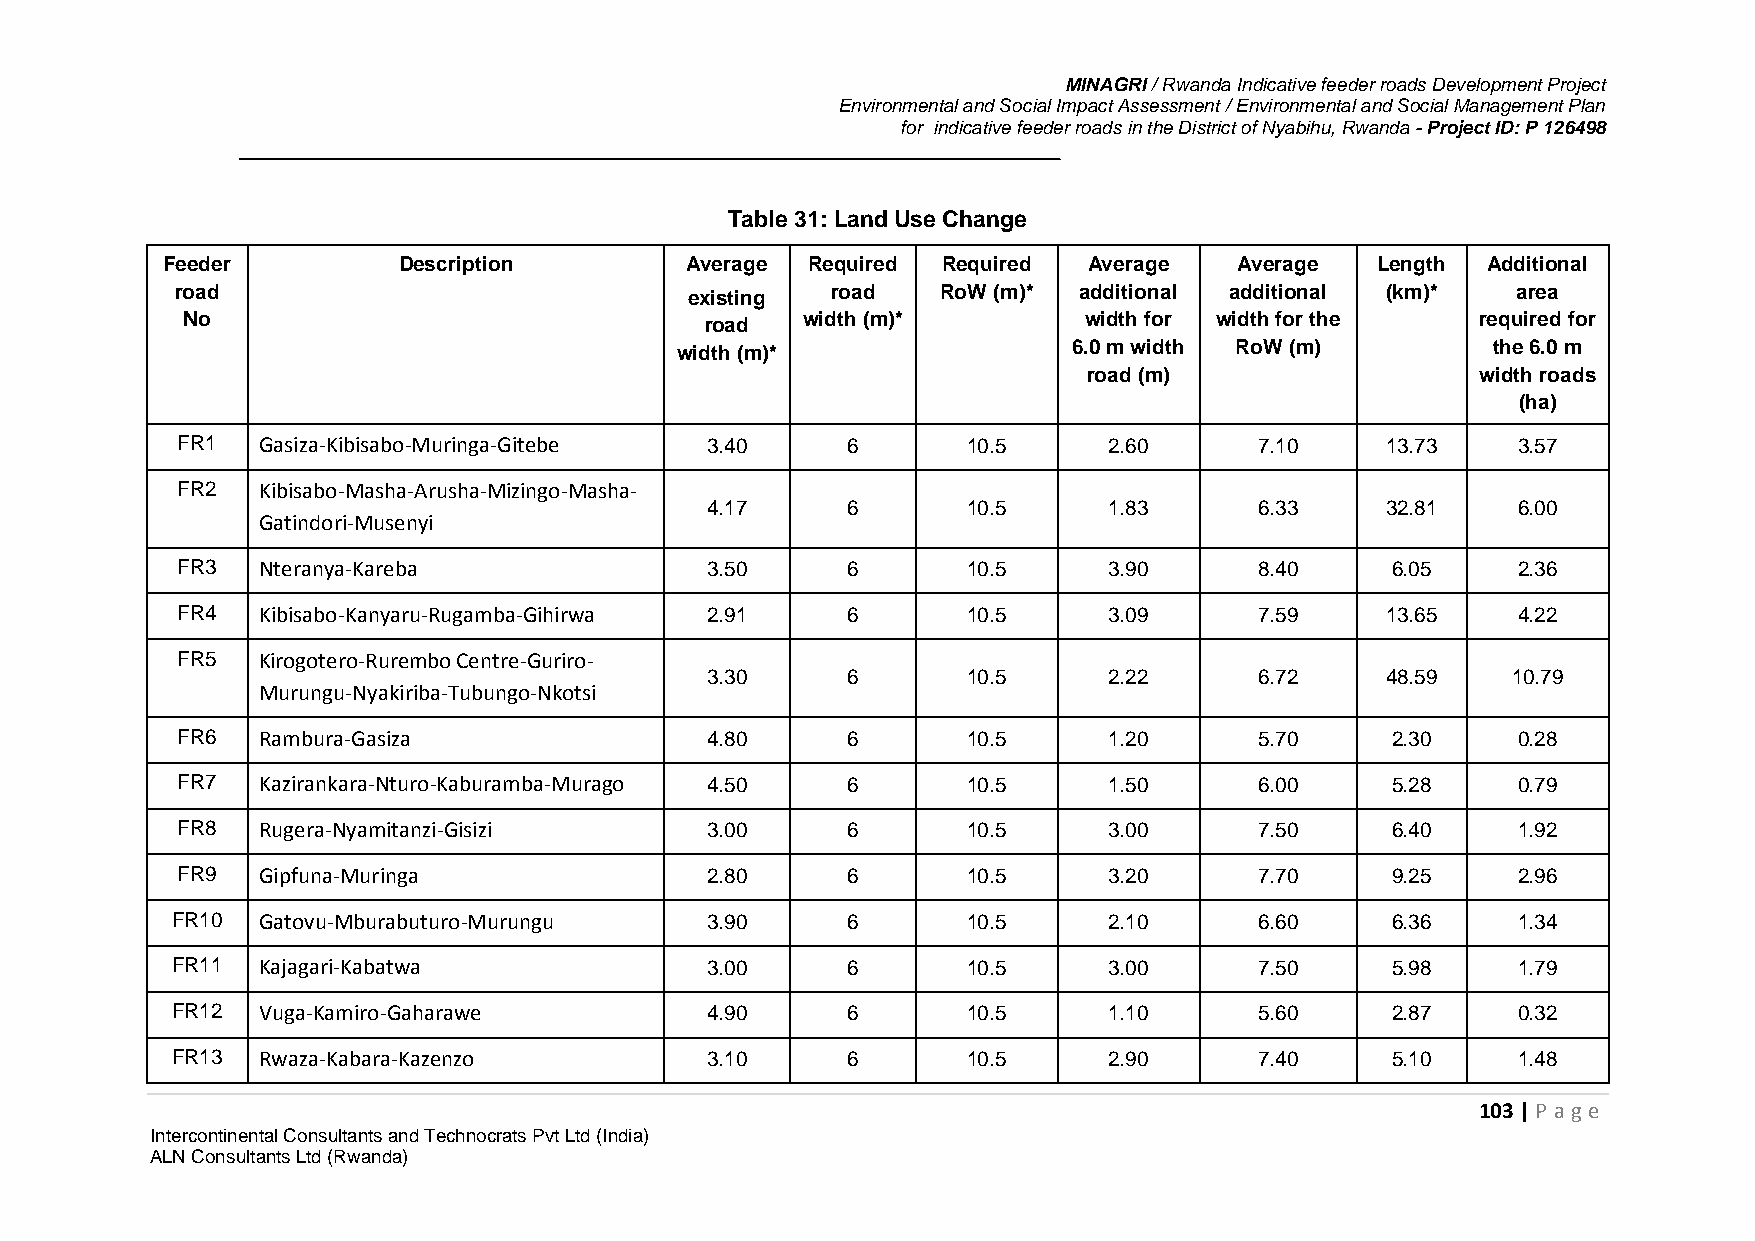
MINAGRI / Rwanda Indicative feeder roads Development Project
 Environmental and Social Impact Assessment / Environmental and Social Management Plan
 for indicative feeder roads in the District of Nyabihu, Rwanda - Project ID: P 126498
 Table 31: Land Use Change
 Feeder         Description        Average Required Required  Average   Average  Length Additional
 road                              existing road   RoW (m)* additional additional (km)*  area
 No                                 road  width (m)*         width for width for the   required for
 width (m)*                6.0 m width RoW (m)         the 6.0 m
 road (m)                  width roads
 (ha)
 FR1  Gasiza-Kibisabo-Muringa-Gitebe 3.40    6       10.5     2.60      7.10     13.73   3.57
 FR2  Kibisabo-Masha-Arusha-Mizingo-Masha-
 4.17     6       10.5     1.83      6.33     32.81   6.00
 Gatindori-Musenyi
 FR3  Nteranya-Kareba               3.50     6       10.5     3.90      8.40     6.05    2.36
 FR4  Kibisabo-Kanyaru-Rugamba-Gihirwa 2.91  6       10.5     3.09      7.59     13.65   4.22
 FR5  Kirogotero-Rurembo Centre-Guriro-
 3.30     6       10.5     2.22      6.72     48.59   10.79
 Murungu-Nyakiriba-Tubungo-Nkotsi
 FR6  Rambura-Gasiza                4.80     6       10.5     1.20      5.70     2.30    0.28
 FR7  Kazirankara-Nturo-Kaburamba-Murago 4.50 6      10.5     1.50      6.00     5.28    0.79
 FR8  Rugera-Nyamitanzi-Gisizi      3.00     6       10.5     3.00      7.50     6.40    1.92
 FR9  Gipfuna-Muringa               2.80     6       10.5     3.20      7.70     9.25    2.96
 FR10  Gatovu-Mburabuturo-Murungu    3.90     6       10.5     2.10      6.60     6.36    1.34
 FR11  Kajagari-Kabatwa              3.00     6       10.5     3.00      7.50     5.98    1.79
 FR12  Vuga-Kamiro-Gaharawe          4.90     6       10.5     1.10      5.60     2.87    0.32
 FR13  Rwaza-Kabara-Kazenzo          3.10     6       10.5     2.90      7.40     5.10    1.48
 103 | P age
 Intercontinental Consultants and Technocrats Pvt Ltd (India)
 ALN Consultants Ltd (Rwanda)